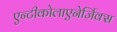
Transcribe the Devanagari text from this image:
एन्टीकोलाएनेर्जिक्स